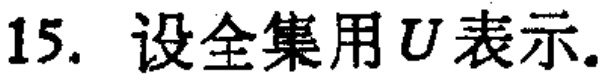
15. 设全集用\(U\)表示。